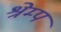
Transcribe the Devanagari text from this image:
श्रेम्प